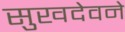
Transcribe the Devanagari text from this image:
सुखदेवने